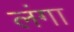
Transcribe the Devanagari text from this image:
लंगा